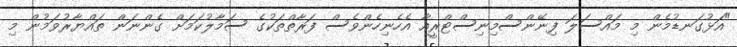
"އަޅުގަނޑުމެން މި މައްސަލަ ފިނޭންސްމިނިސްޓްރީއާ އެހެނިހެންވެސް ފަރާތްތަކުގެ ސަމާލުކަމަށް ގެންނަން ތައްޔާރުވަމުން މި